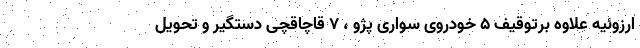
ارزوئیه علاوه برتوقیف 5 خودروی سواری پژو ، 7 قاچاقچی دستگیر و تحویل